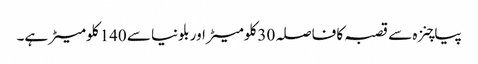
پیاچنزہ سے قصبہ کا فاصلہ 30 کلومیٹر اور بلونیا سے 140 کلومیٹر ہے۔